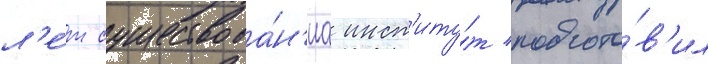
л'е́т существова́н'иа инст'иту́т подгото́в'ил